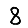
Digit: 8